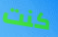
كنت